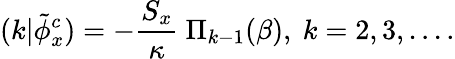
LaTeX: (k|\tilde{\phi}_{x}^{c})=-{\frac{S_{x}}{\kappa}}\ \Pi_{k-1}(\beta),\ k=2,3,....